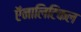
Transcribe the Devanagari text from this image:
ऍनालिटिकल